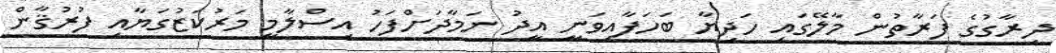
ދިރާގުގެ ފަރާތުން މާލޭގައި ހަދިޔާ ބަހަފާއިވަނީ އީދު ނަމާދަށްފަހު އިސްލާމީ މަރުކަޒުގަޔާއި ފުރުޤާން